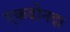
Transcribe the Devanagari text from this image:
एकदोनदा